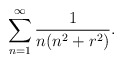
\begin{align*}\sum_{n=1}^{\infty}\frac{1}{n(n^2+r^2)}.\end{align*}